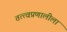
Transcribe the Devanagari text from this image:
तत्त्वप्रणालीला